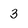
Character: 3